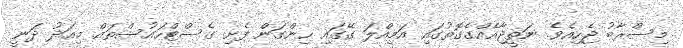
މިސްރާބު ޖެހިއެވެ. ނަތީޖާއެއްގެގޮތުގައި އަމިއްލަ ގޭގައި ހިންގަން ފެށި ގެސްޓްހައުސްތައް މިއަދު ދަނީ